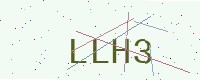
Text: LLH3